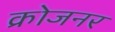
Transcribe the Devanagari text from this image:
क्रोजनर